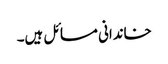
خاندانی مسائل ہیں۔